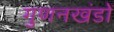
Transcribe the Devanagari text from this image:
गुणनखंडों